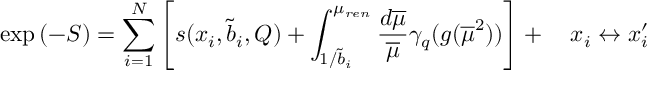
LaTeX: \exp { ( - S ) } = \sum _ { i = 1 } ^ { N } \left[ s ( x _ { i } , \tilde { b } _ { i } , Q ) + \int _ { 1 / \tilde { b } _ { i } } ^ { \mu _ { r e n } } \frac { d \overline { { { \mu } } } } { \overline { { { \mu } } } } \gamma _ { q } ( g ( \overline { { { \mu } } } ^ { 2 } ) ) \right] + \quad x _ { i } \leftrightarrow x _ { i } ^ { \prime }